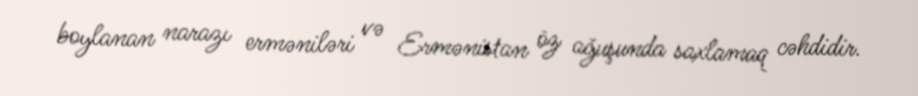
boylanan narazı erməniləri və Ermənistan öz ağuşunda saxlamaq cəhdidir.